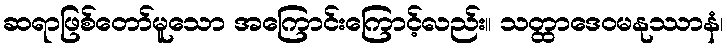
ဆရာဖြစ်တော်မူသော အကြောင်းကြောင့်လည်း။ သတ္ထာဒေဝမနုဿာနံ၊